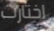
إختارت